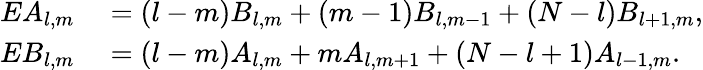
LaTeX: \begin{array}{rl}{EA_{l,m}}&{{}=(l-m)B_{l,m}+(m-1)B_{l,m-1}+(N-l)B_{l+1,m},}\\ {EB_{l,m}}&{{}=(l-m)A_{l,m}+mA_{l,m+1}+(N-l+1)A_{l-1,m}.}\end{array}